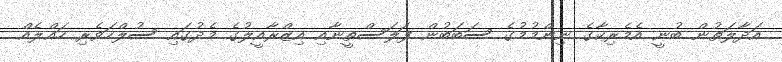
އަދާލަތުން ބުނީ އެމެރިކާގެ ނިންމުމުގެ ސަބަބުން ފަލަސްތީނާއި އިޒްރާއީލުގެ މެދުގައި ސުލްހަވެރި ހައްލެއް